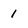
Character: 1